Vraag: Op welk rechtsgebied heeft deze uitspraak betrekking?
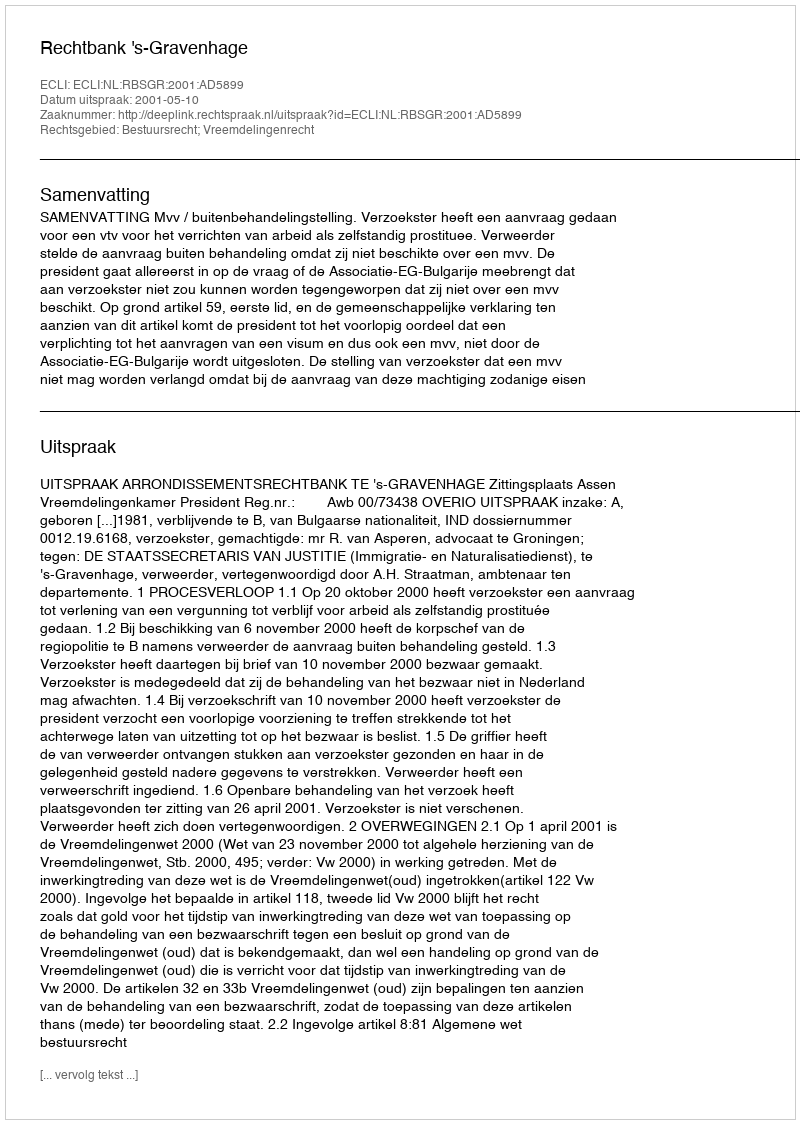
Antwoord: Bestuursrecht; Vreemdelingenrecht